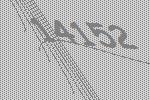
14152